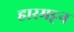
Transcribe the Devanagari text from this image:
हारमट्टन